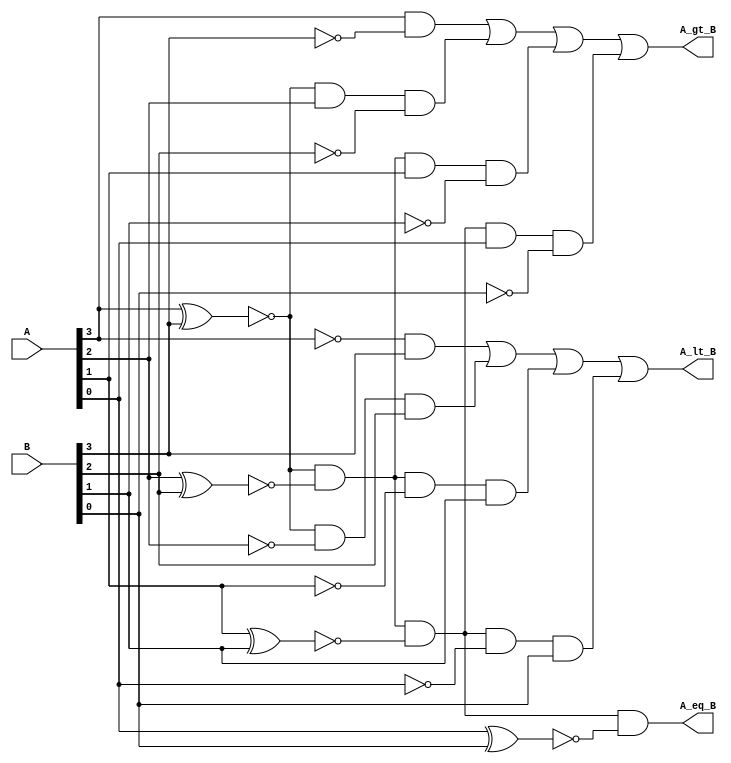

module compare_4(A,B,A_gt_B,A_lt_B,A_eq_B);

input [3:0]A,B;
output A_gt_B,A_lt_B,A_eq_B;

wire [3:0]x;

assign x[0] = ~(A[0]^B[0]);
assign x[1] = ~(A[1]^B[1]);
assign x[2] = ~(A[2]^B[2]);
assign x[3] = ~(A[3]^B[3]);

assign A_gt_B = ((A[3]&(~B[3]))|(x[3]&A[2]&(~B[2]))|(x[3]&x[2]&A[1]&(~B[1]))|(x[3]&x[2]&x[1]&A[0]&(~B[0])));
assign A_lt_B = (((~A[3])&B[3])|(x[3]&(~A[2])&B[2])|(x[3]&x[2]&(~A[1])&B[1])|(x[3]&x[2]&x[1]&(~A[0])&B[0]));
assign A_eq_B = x[3]&x[2]&x[1]&x[0];

endmodule